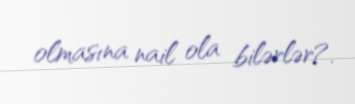
olmasına nail ola bilərlər?.